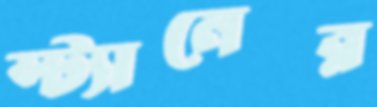
স্ট্যানের